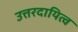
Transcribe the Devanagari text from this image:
उत्तरदायित्व